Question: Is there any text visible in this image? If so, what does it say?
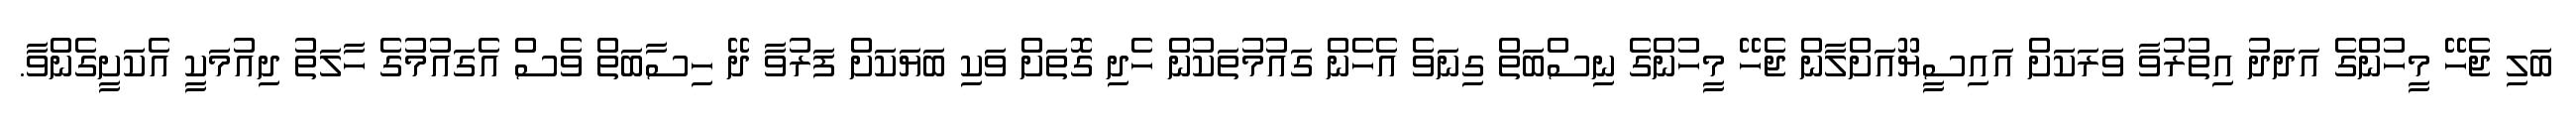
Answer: ބަލި ޖެހޭ މީހުންގެ އަދަދު އިތުރުވާ ވަރަކަށް އައިސީޔޫއަށްލާން ޖެހޭ މީހުންގެ ނިސްބަތް ގިނަވެ އެހެން ގައުމުތަކުން ހެދި ގޮތަށް ވަކި ބަޔަކަށް ފަރުވާ ދޭ ހިސާބަތް ވެސް އެގައުމުގެ ހާލަތު ދިއުމަކީ އެކަށީގެންވާ.